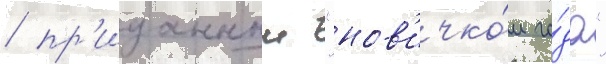
/ пр'изнанныи "нов'ичко́м го́да"